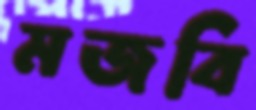
মজবি